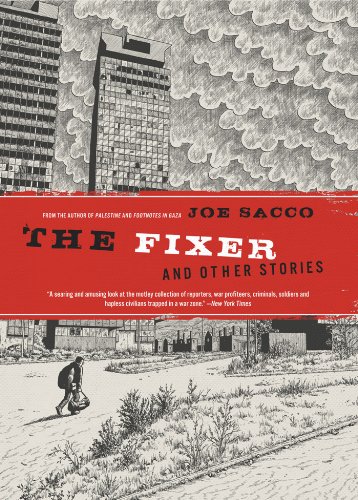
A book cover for The Fixer and Other Stories; Joe Sacco; Comics & Graphic Novels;